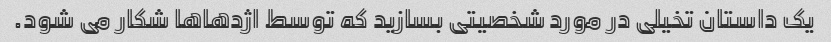
یک داستان تخیلی در مورد شخصیتی بسازید که توسط اژدهاها شکار می شود.